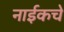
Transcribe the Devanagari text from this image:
नाईकचे